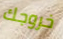
خروجك